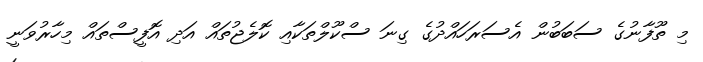
މި ތޫފާނުގެ ސަބަބުން އެސަރަހައްދުގެ ގިނަ ސްކޫލްތަކާއި ކޮލެޖުތައް އަދި އޮފީސްތައް މިހާރުވަނީ